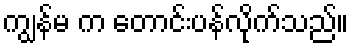
ကျွန်မ က တောင်းပန်လိုက်သည်။